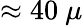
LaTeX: \approx 40~\mu